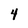
Character: 4